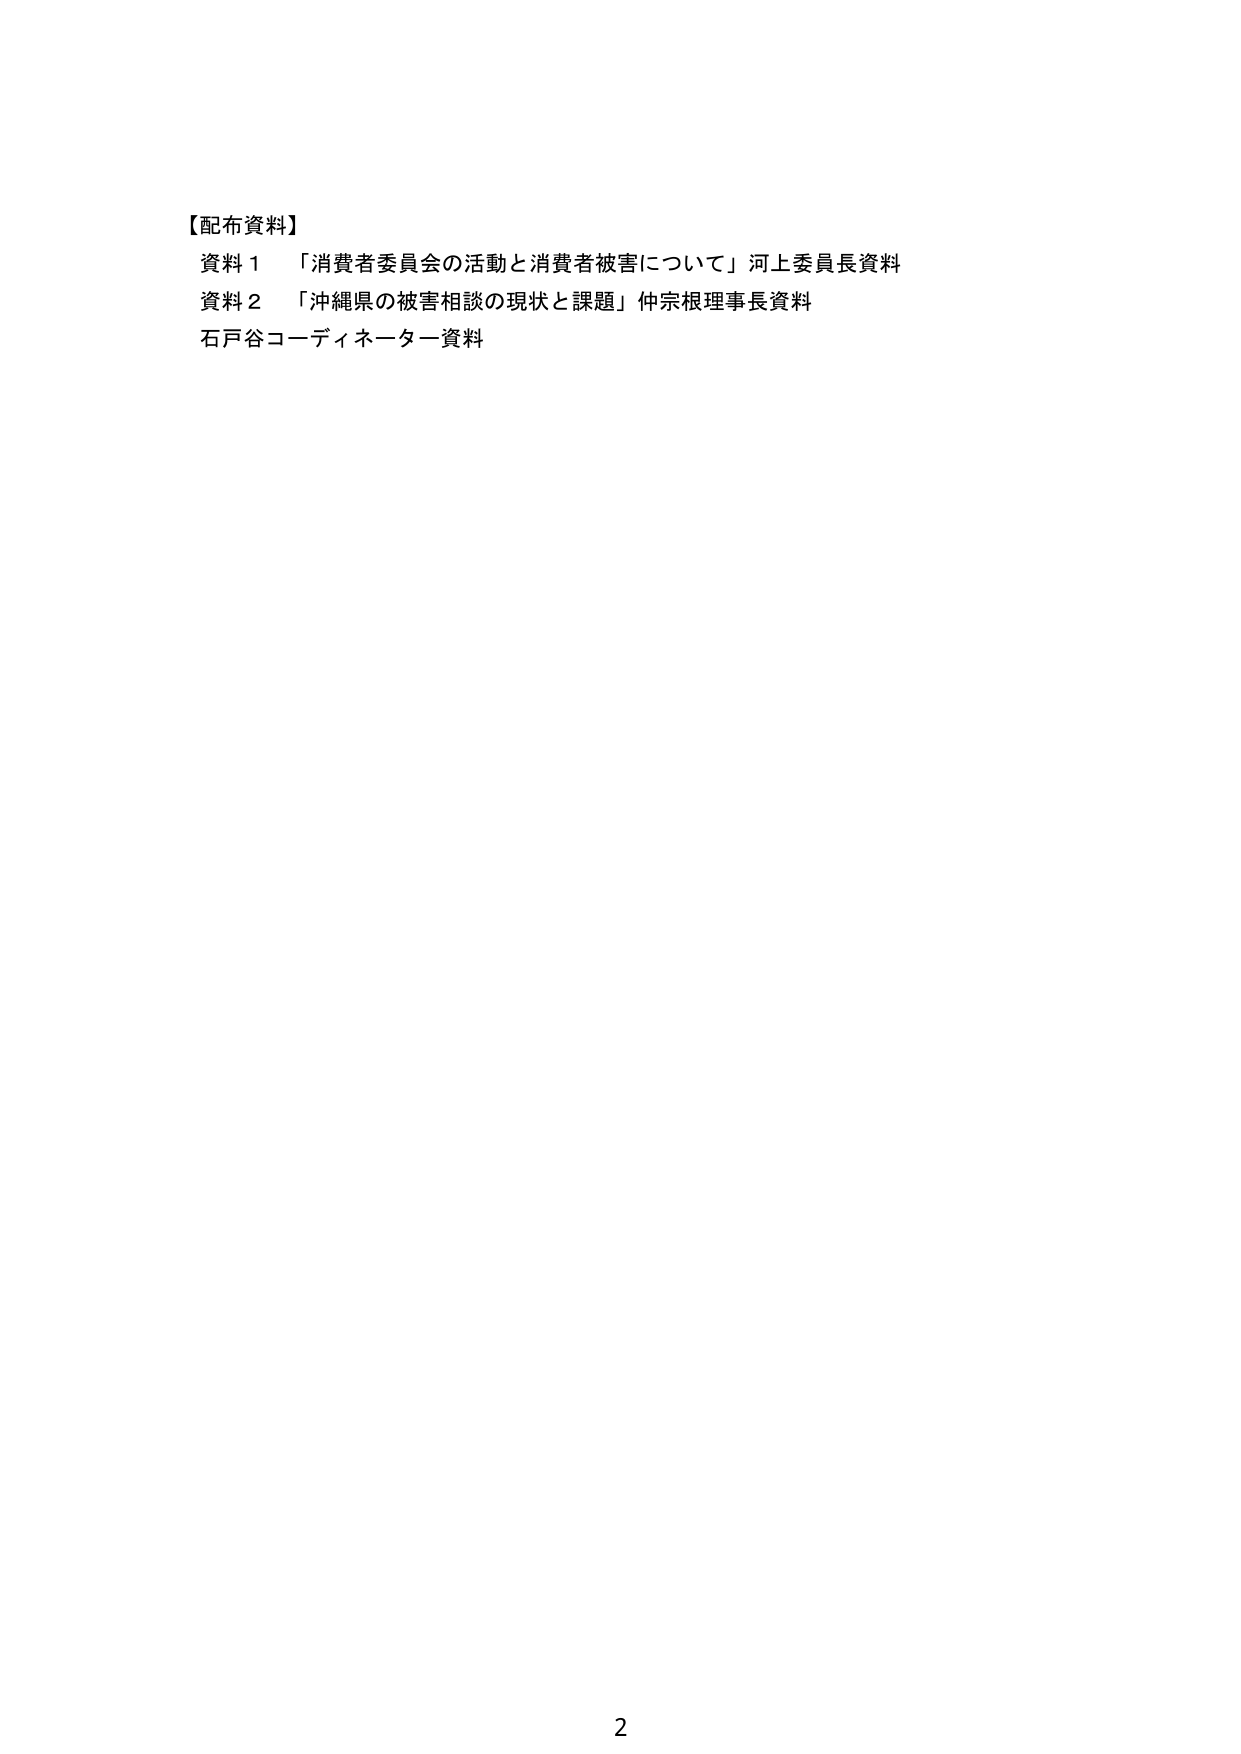
【配布資料】
資料１　「消費者委員会の活動と消費者被害について」河上委員長資料
資料２　「沖縄県の被害相談の現状と課題」仲宗根理事長資料
石戸谷コーディネーター資料
2